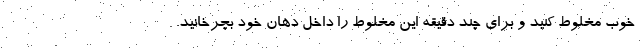
خوب مخلوط کنید و برای چند دقیقه این مخلوط را داخل دهان خود بچرخانید.